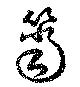
簹